Medical and sanitary report of the native army of Bengal for the year
Year: 1878
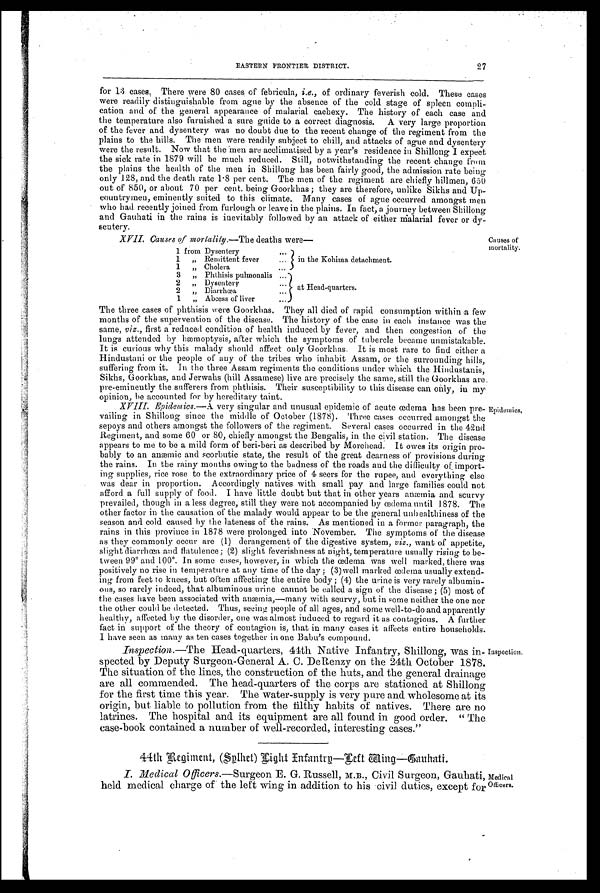
27
EASTERN FRONTIER, DISTRICT.
for 13 cases, There were 80 cases of febricula, i . e
. , o f o r d i n a r y f e v e r i s h c o l d . T h e s e c a s e s
were readily distinguishable from ague by the absence of the cold stage of spleen compli
-cation and of the general appearance of malarial cachexy. The history of each case and
the temperature also furnished a sure guide to a correct diagnosis. A very large proportion
of the fever and dysentery was no doubt due to the recent change of the regiment from the
plains to the hills. The men were readily subject to chill, and attacks of ague and dysentery
were the result. Now that the men are acclimatised by a year's residence in Shillong I expect
the sick rate in 1879 will be much reduced. Still, notwithstanding the recent change from
the plains the health of the men in Shillong has been fairly good, the admission rate being.
only 128, and the death rate 1.8 per cent. The men of the regiment are chiefly hillmen, 650
out of 850, or about 70 per cent being Goorkhas; they are therefore, unlike Sikhs and Up
-countrymen, eminently suited to this climate. Many cases of ague occurred amongst men
who had recently joined from furlough or leave in the plains. In fact, a journey between Shillong.
and Gauhati in the rains is inevitably followed by an attack of either malarial fever or dy
-sentery.
Causes of
mortality.
XVII.C auses of mortality—The deaths were—
1 from Dysentery . . .
in the Kohima detachment.
1"
Remittent fever . . .
1 "
Cholera . . .
3 " Phthisis pulmonalis . . .
at Head-quarters.
2 " Dysentery . . .
2 " Diarrhœa . . .
1"
Abcess of liver . . .
The three cases of phthisis were Goorkhas. They all died of rapid consumption within a few
months of the supervention of the disease. The history of the case in each instance was the
same, viz., first a reduced condition of health induced by fever, and then congestion of the
lungs attended by hæmoptysis, after which the symptoms of tubercle became unmistakable.
It is curious why this malady should affect only Goorkhas. It is most rare to find either a
Hindustani or the people of any of the tribes who inhabit Assam, or the surrounding hills,
suffering from it. In the three Assam regiments the conditions under which the Hindustanis,
Sikhs, Goorkhas, and Jerwahs (hill Assamese) live are precisely the same, still the Goorkhas are
pre-eminently the sufferers from phthisis. Their susceptibility to this disease can only, in my
opinion, be accounted for by hereditary taint.
XVIII. Epidemics.— A very singular and unusual epidemic of acute œdema has been pre
-vailing in Shillong since the middle of October (1878). Three cases occurred amongst the
sepoys and others amongst the followers of the regiment. Several cases occurred in the 42nd
Regiment, and some 60 or 80, chiefly amongst the Bengalis, in the civil station. The disease
appears to me to be a mild form of beri-beri as described by Morehead. It owes its origin pro-
-bably to an anæmic and scorbutic state, the result of the great dearness of provisions during
the rains. In the rainy months owing to the badness of the roads and the difficulty of, import-
-ing supplies, rice rose to the extraordinary price of 4 seers for the rupee, and everything else
was dear in proportion. Accordingly natives with small pay and large families could not
afford a full supply of food. I have little doubt but that in other years anæmia and scurvy
prevailed, though in a less degree, still they were not accompanied by œdema until 1878. The
other factor in the causation of the malady would appear to be the general unhealthiness of the
season and cold caused by the lateness of the rains. As mentioned in a former paragraph, the
rains in this province in 1878 were prolonged into November. The symptoms of the disease
as they commonly occur are (1) derangement of the digestive system, viz., want of appetite,
slight diarrhœa and flatulence; (2) slight feverishness at night, temperature usually rising to be--
tween 99° and 100°. In some cases, however, in which the œdema was well marked, there was
positively no rise in temperature at any time of the day; (3) well marked œdema usually extend
-ing from feet to knees, but often affecting the entire body; (4) the urine is very rarely albumin--
ous, so rarely indeed, that albuminous urine cannot be called a sign of the disease; (5) most of
the cases have been associated with anæmia,—many with scurvy, but in some neither the one nor
the other could be detected. Thus, seeing people of all ages, and some well-to-do and apparently
healthy, affected by the disorder, one was almost induced to regard it as contagious. A further
fact in support of the theory of contagion is, that in many cases it affects entire households.
I have seen as many as ten cases together in one Babu's compound.
Epidemics.
Inspection.—The Head-quarters, 44th Native Infantry, Shillong, was in
-spected by Deputy Surgeon-General A. C. DeRenzy on the 24th October 1878.
The situation of the lines, the construction of the huts, and the general drainage
are all commended. The head-quarters of the corps are stationed at Shillong
for the first time this year. The water-supply is very pure and wholesome at its
origin, but liable to pollution from the filthy habits of natives. There are no
latrines. The hospital and its equipment are all found in good order. "The
case-book contained a number of well-recorded, interesting cases."
Inspection.
44th Regiment, (Splhet) Light Infantry—Left Wing—Gauhati.
I. Medical Offi cers.—Surgeon E. G. Russell, M.B., Civil Surgeon, Gauhati,
held medical charge of the left wing in addition to his civil duties, except for
Medical
Officers.